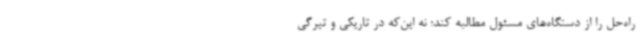
راه‌حل را از دستگاه‌های مسئول مطالبه کند؛ نه این‌که در تاریکی و تیرگی